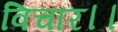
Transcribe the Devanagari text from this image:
विचार।।